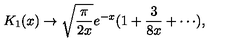
K _ { 1 } ( x ) \to \sqrt { { \frac { \pi } { 2 x } } } e ^ { - x } ( 1 + { \frac { 3 } { 8 x } } + \cdots ) ,